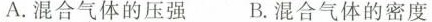
A.混合气体的压强B.混合气体的密度